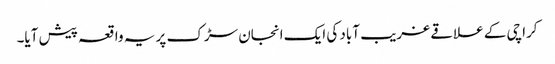
کراچی کے علاقے غریب آباد کی ایک انجان سڑک پر یہ واقعہ پیش آیا۔